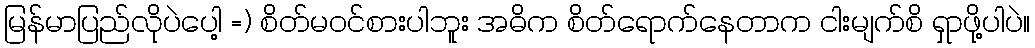
မြန်မာပြည်လိုပဲပေါ့ =) စိတ်မဝင်စားပါဘူး အဓိက စိတ်ရောက်နေတာက ငါးမျက်စိ ရှာဖို့ပါပဲ။